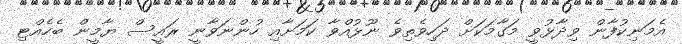
އެމަނިކުފާން ވިދާޅުވީ މަގާމަކަށް ދަހިވެތިވެ ނޫޅުއްވާ ކަމަށާއި ހުންނަވާނީ ރައީސް ޔާމީން ބެހެއްޓި